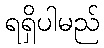
ရရှိပါမည်